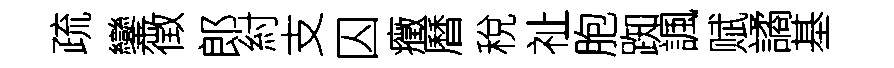
疏鑾徴郎紂支囚癥曆稅祉胞踟諷赋譎基